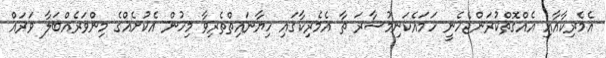
އެމެރިކާއާއި އެއްގޮތްކުރަންޖެހެނީ ހަމައެކަނިމުސާރަ ތާ އެމެރިކާގައި ހިޔާނައިތްތެރިވާ މިހުން އެކުށެއްގެ މިންވަރެއްބަލާ ވަރައް